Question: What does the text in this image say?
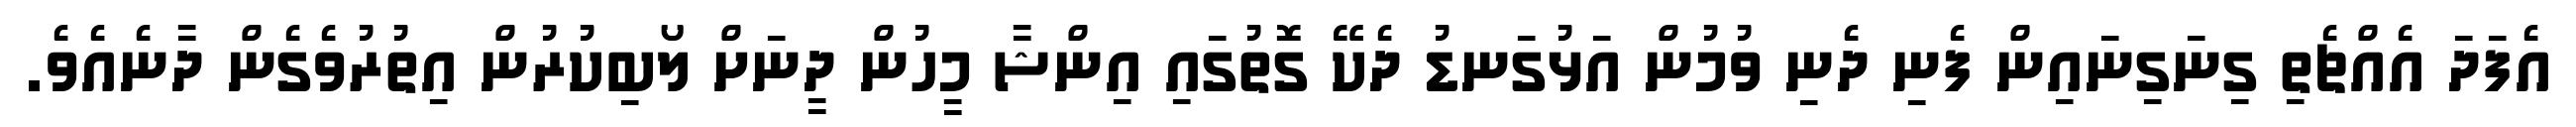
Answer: އެފަދަ އެއްޗެތި ގިނަގިނައިން ފެނި ދެނި ވުމުން އަޅުގަނޑު ދެކޭ ގޮތުގައި އިންޝާ މީހުން ދީނަށް ލޯބިކުރުން އިތުރުވެގެން ދާނެއެވެ.